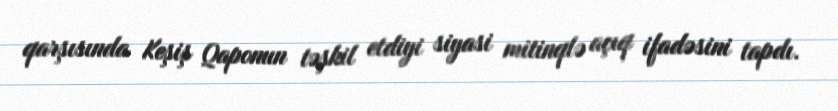
qarşısında Keşiş Qaponun təşkil etdiyi siyasi mitinqlə açıq ifadəsini tapdı.